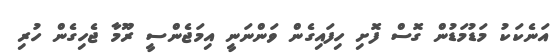
އަނެކަކު މަޑުމަޑުން ގޮސް ފޮށި ހިފައިގެން ވަންނަނީ އިމަޖެންސީ ރޫމާ ޖެހިގެން ހުރި